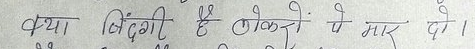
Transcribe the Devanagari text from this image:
क्या जिन्दगी है लोगों में मार दो।